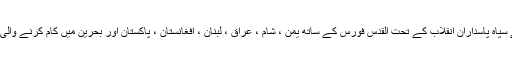
وہ کہتے ہیں 2011ء سے 2019ء تک ہم نے سپاہ پاسداران انقلاب کے تحت القدس فورس کے ساتھ یمن ، شام ، عراق ، لبنان ، افغانستان ، پاکستان اور بحرین میں کام کرنے والی مزید ملیشائیں اور دوسرے جنگجو دیکھے ہیں۔